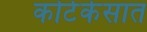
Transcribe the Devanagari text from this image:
कोर्टकेसात